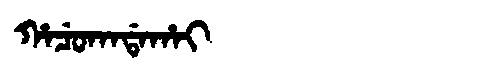
Manchu: ᡥᠠᠴᡠᡴᠠᡩᠠᡥᠠᡳ
Romanization: HACUKADAHAI